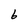
Character: 6